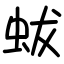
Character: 蛂